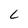
Character: L